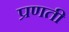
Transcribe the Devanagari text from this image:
प्रणती